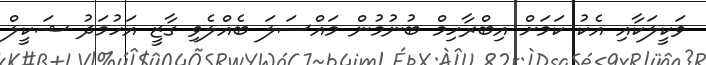
ވަކީލަކާއި އެކު ކަމަށް އިބްރާހިމް ބުނުމުން މައްސަލަ ބެއްލެވި ގާޒީ އަހުމަދު ޝަކީލް